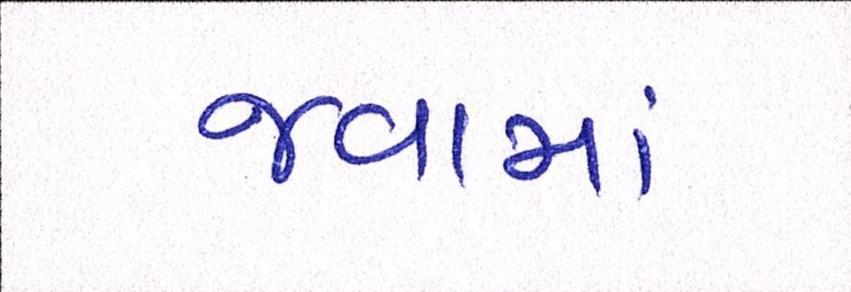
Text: જવામાં